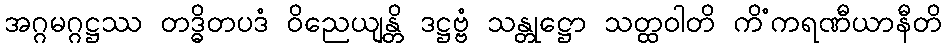
အဂ္ဂမဂ္ဂဋ္ဌဿ တဒ္ဓိတပဒံ ဝိညေယျန္တိ ဒဋ္ဌဗ္ဗံ သန္တုဋ္ဌော သတ္ထဝါတိ ကိံကရဏီယာနီတိ